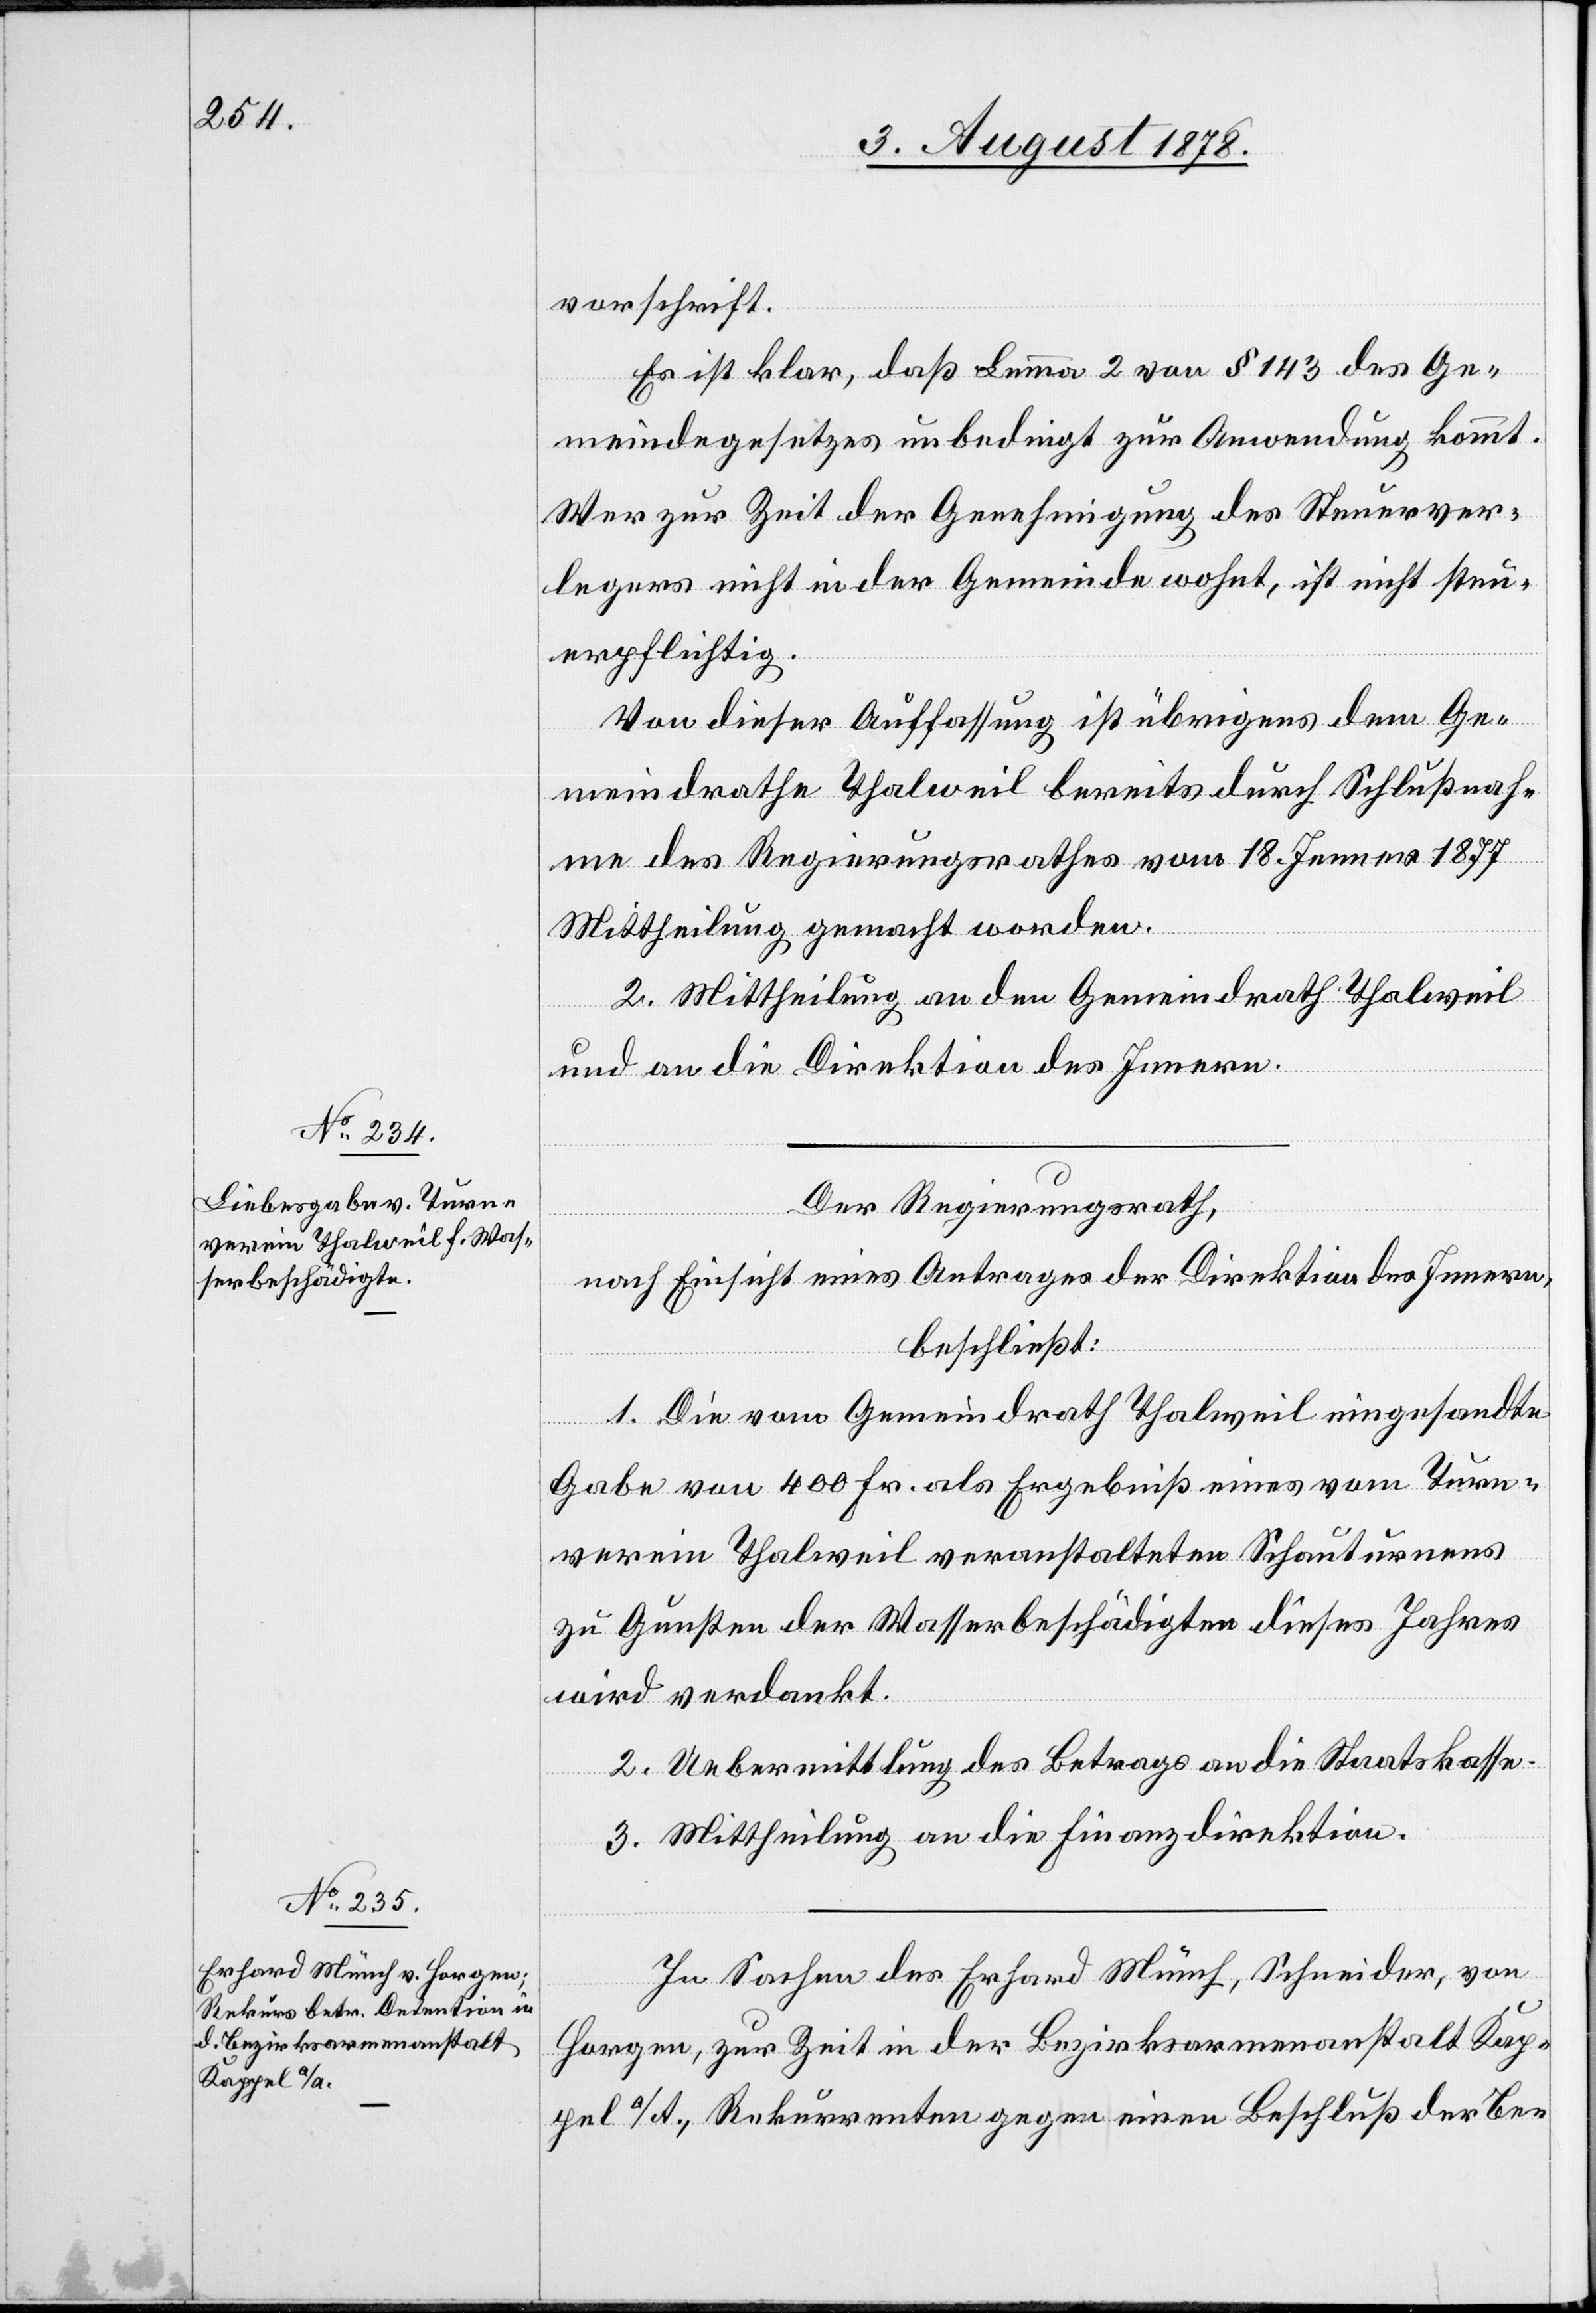
vorschrift.
Es ist klar, daß Lemma 2 von § 143 des Ge¬
meindegesetzes unbedingt zur Anwendung kommt.
Wer zur Zeit der Genehmigung des Steuerver¬
legers nicht in der Gemeinde wohnt, ist nicht steu¬
erpflichtig.
Von dieser Auffassung ist übrigens dem Ge¬
meindrathe Thalweil bereits durch Schlußnah¬
me des Regierungsrathes vom 18. Jenner 1877
Mittheilung gemacht worden.
2. Mittheilung an den Gemeindrath Thalweil
und an die Direktion des Innern.
Der Regierungsrath,
nach Einsicht eines Antrages der Direktion des Innern,
beschließt:
1. Die vom Gemeindrath Thalweil eingesandte
Gabe von 400 Fr. als Ergebniß eines vom Turn¬
verein Thalweil veranstalteten Schauturnens
zu Gunsten der Wasserbeschädigten dieses Jahres
wird verdankt.
2. Uebermittlung des Betrags an die Staatskasse.
3. Mittheilung an die Finanzdirektion.
In Sachen des Erhard Münch, Schneider, von
Horgen, zur Zeit in der Bezirksarmenanstalt Kap¬
pel a/A., Rekurrenten gegen einen Beschluß der Be-